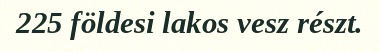
225 földesi lakos vesz részt.